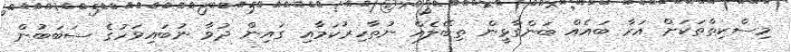
މިސްކިތްތަކަށް އަރާ ބައެއް ބަންގާޅީން ތިބޭލެއް ނުތާހިރުކަމާއި ގައިން ދުވާ ނުބައިވަހުގެ ސަބަބުން